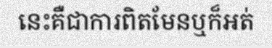
នេះគឺជាការពិតមែនឬក៏អត់